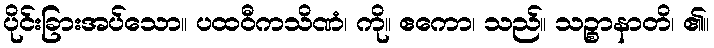
ပိုင်းခြားအပ်သော။ ပထဝီကသိဏံ၊ ကို။ ဧကော၊ သည်။ သဉ္စာနာတိ၊ ၏။